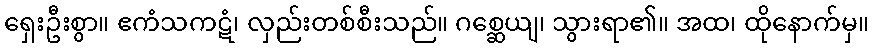
ရှေးဦးစွာ။ ဧကံသကဋံ၊ လှည်းတစ်စီးသည်။ ဂစ္ဆေယျ၊ သွားရာ၏။ အထ၊ ထိုနောက်မှ။